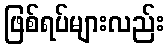
ဖြစ်ရပ်များလည်း